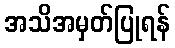
အသိအမှတ်ပြုရန်